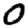
Digit: 0